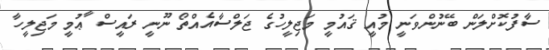
ސާފުކޮށްލަން ބޭނުންވަނީ މުއީ ޤައުމީ މަޖިލީހުގެ ޖަލްސާއެއްތޯ ނޫނީ ރައީސް ާޢުމީ މަޖިލީހާ